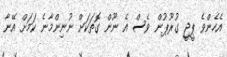
އެހެންވެ ޕީޖީ ގުރޫޕުން ވެސް އެ ނޫން ގޮތަކަށް ނުނިންމާނެ ކަމަށް އޭނާ